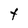
Character: t